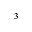
^ 3